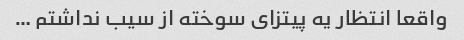
واقعا انتظار یه پیتزای سوخته از سیب نداشتم …